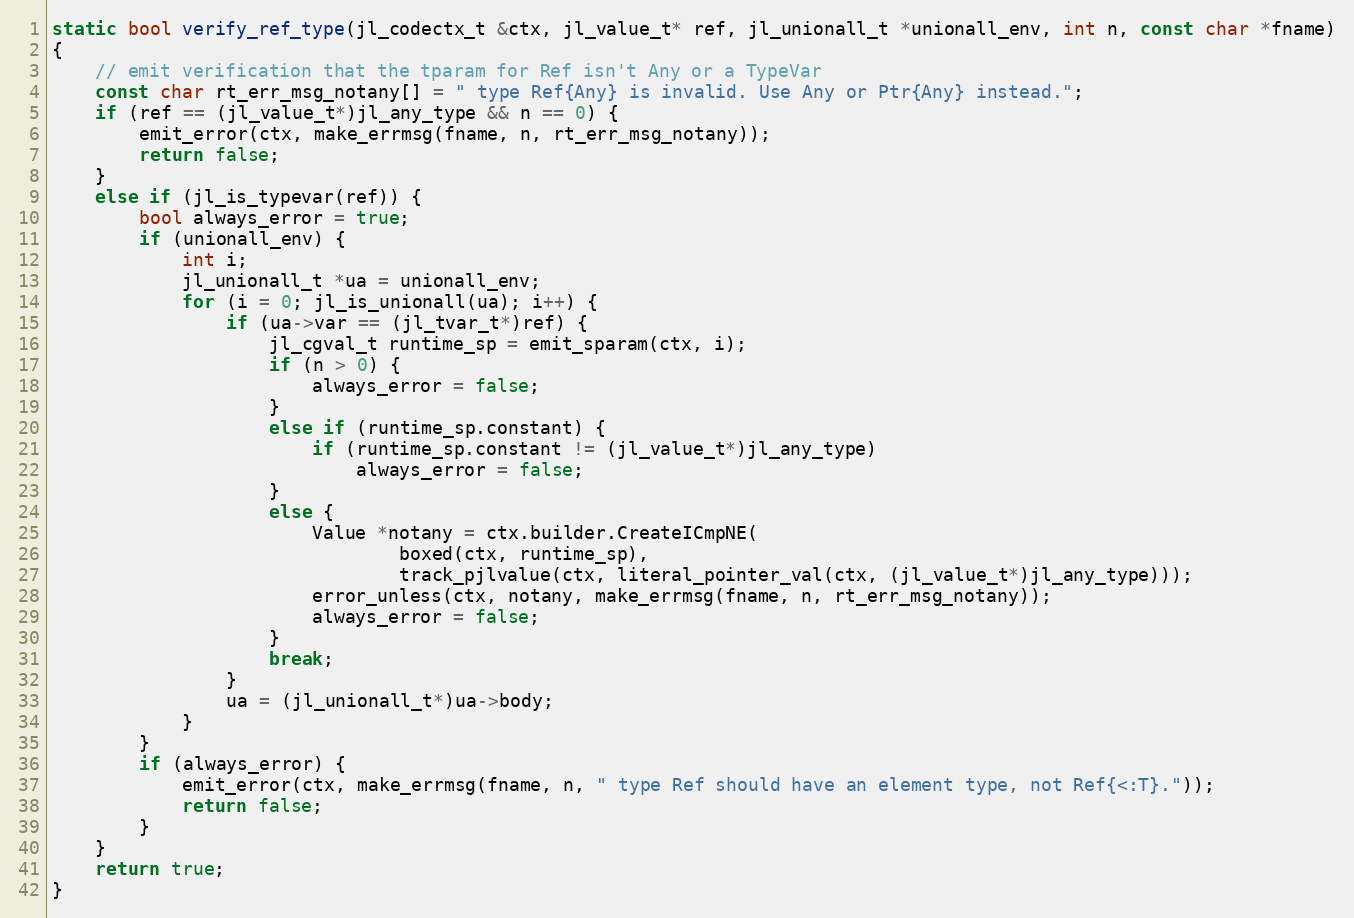
Language: C++
static bool verify_ref_type(jl_codectx_t &ctx, jl_value_t* ref, jl_unionall_t *unionall_env, int n, const char *fname)
{
    // emit verification that the tparam for Ref isn't Any or a TypeVar
    const char rt_err_msg_notany[] = " type Ref{Any} is invalid. Use Any or Ptr{Any} instead.";
    if (ref == (jl_value_t*)jl_any_type && n == 0) {
        emit_error(ctx, make_errmsg(fname, n, rt_err_msg_notany));
        return false;
    }
    else if (jl_is_typevar(ref)) {
        bool always_error = true;
        if (unionall_env) {
            int i;
            jl_unionall_t *ua = unionall_env;
            for (i = 0; jl_is_unionall(ua); i++) {
                if (ua->var == (jl_tvar_t*)ref) {
                    jl_cgval_t runtime_sp = emit_sparam(ctx, i);
                    if (n > 0) {
                        always_error = false;
                    }
                    else if (runtime_sp.constant) {
                        if (runtime_sp.constant != (jl_value_t*)jl_any_type)
                            always_error = false;
                    }
                    else {
                        Value *notany = ctx.builder.CreateICmpNE(
                                boxed(ctx, runtime_sp),
                                track_pjlvalue(ctx, literal_pointer_val(ctx, (jl_value_t*)jl_any_type)));
                        error_unless(ctx, notany, make_errmsg(fname, n, rt_err_msg_notany));
                        always_error = false;
                    }
                    break;
                }
                ua = (jl_unionall_t*)ua->body;
            }
        }
        if (always_error) {
            emit_error(ctx, make_errmsg(fname, n, " type Ref should have an element type, not Ref{<:T}."));
            return false;
        }
    }
    return true;
}